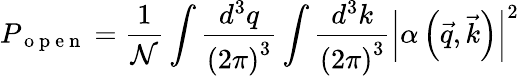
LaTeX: P_{\mathrm{~o~p~e~n~}}=\frac{1}{\mathcal{N}}\int\frac{d^{3}q}{\left(2\pi\right)^{3}}\int\frac{d^{3}k}{\left(2\pi\right)^{3}}\left|\alpha\left(\vec{q},\vec{k}\right)\right|^{2}